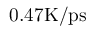
0 . 4 7 \mathrm { K / p s }